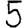
Digit: 5